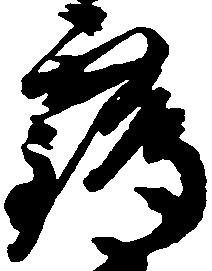
鶴